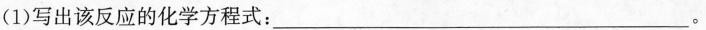
(1)写出该反应的化学方程式：___。